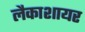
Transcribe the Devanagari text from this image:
लैकाशायर